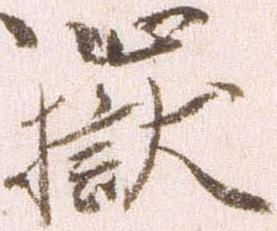
嶽